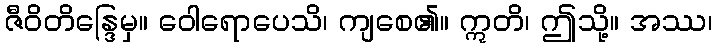
ဇီဝိတိန္ဒြေမှ။ ဝေါရောပေသိ၊ ကျစေ၏။ ဣတိ၊ ဤသို့။ အဿ၊